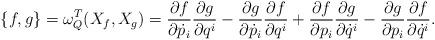
LaTeX: \begin{align*} \{f,g\}=\omega_Q^{T}(X_f,X_g)=\frac{\partial f}{\partial \dot{p}_i}\frac{\partial g}{\partial q^i}-\frac{\partial g}{\partial \dot{p}_i}\frac{\partial f}{\partial q^i}+\frac{\partial f}{\partial p_i}\frac{\partial g}{\partial \dot{q}^i}-\frac{\partial g}{\partial p_i}\frac{\partial f}{\partial \dot{q}^i}. \end{align*}